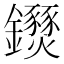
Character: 𨰖